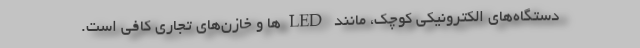
دستگاه‌های الکترونیکی کوچک، مانند LED‌ها و خازن‌های تجاری کافی است.